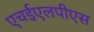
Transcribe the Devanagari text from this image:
एचईएलपीएस